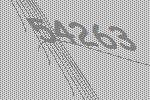
54263